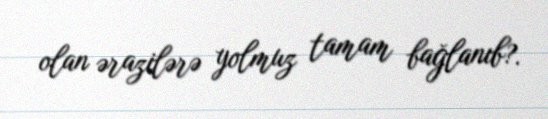
olan ərazilərə yolmuz tamam bağlanıb?.